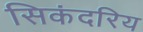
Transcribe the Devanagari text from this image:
सिकंदरिय